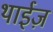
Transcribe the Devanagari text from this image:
थाईज़